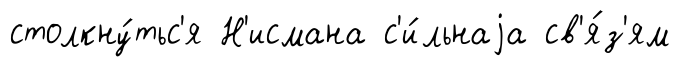
столкну́тьс'я Н'исмана с'и́льнаjа св'я́з'ям